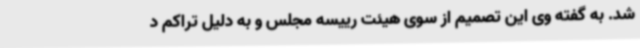
شد. به گفته وی این تصمیم از سوی هیئت رییسه مجلس و به دلیل تراکم د